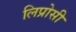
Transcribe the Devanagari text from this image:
लिप्रोसी